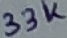
Text: 33K